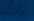
نخفض